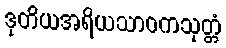
ဒုတိယအရိယသာဝကသုတ္တံ